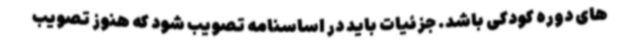
های دوره کودکی باشد. جزئیات باید در اساسنامه تصویب شود که هنوز تصویب